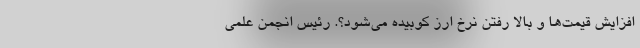
افزایش قیمت‌ها و بالا رفتن نرخ ارز کوبیده می‌شود؟. رئیس انجمن علمی